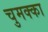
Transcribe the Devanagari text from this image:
चुमक्का